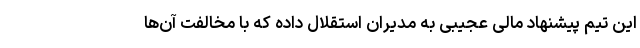
این تیم پیشنهاد مالی عجیبی به مدیران استقلال داده که با مخالفت آن‌ها